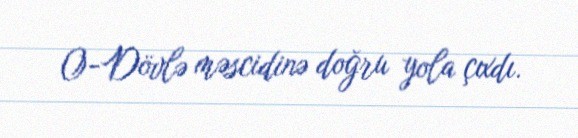
O-Dövlə məscidinə doğru yola çıxdı.